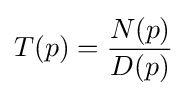
T(p)={\frac {N(p)}{D(p)}}